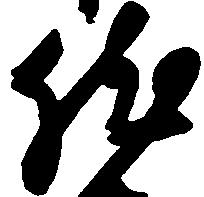
然